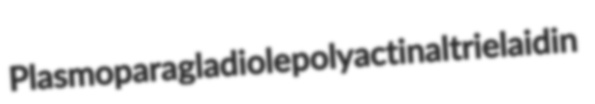
Plasmopara gladiole polyactinal trielaidin